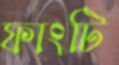
ফাংটি